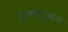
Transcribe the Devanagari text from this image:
याच्यानुसार